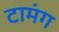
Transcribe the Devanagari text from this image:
टामंग